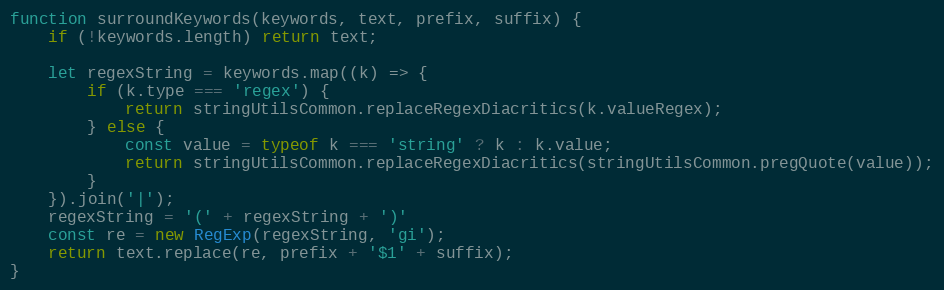
Language: JavaScript
function surroundKeywords(keywords, text, prefix, suffix) {
	if (!keywords.length) return text;

	let regexString = keywords.map((k) => {
		if (k.type === 'regex') {
			return stringUtilsCommon.replaceRegexDiacritics(k.valueRegex);
		} else {
			const value = typeof k === 'string' ? k : k.value;
			return stringUtilsCommon.replaceRegexDiacritics(stringUtilsCommon.pregQuote(value));
		}
	}).join('|');
	regexString = '(' + regexString + ')'
	const re = new RegExp(regexString, 'gi');
	return text.replace(re, prefix + '$1' + suffix);
}